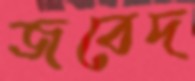
জবেদ